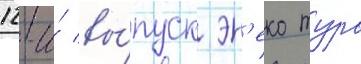
12-и́ вы́пуск эн'еко тура